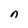
Character: n